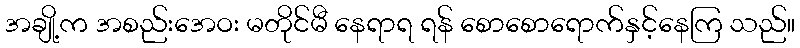
အချို့က အစည်းအေဝး မတိုင်မီ နေရာရ ရန် စောစောရောက်နှင့်နေကြ သည်။